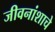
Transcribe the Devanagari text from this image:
जीवनांशाचे